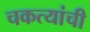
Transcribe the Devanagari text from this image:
चकत्यांची